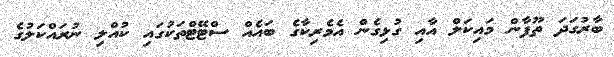
ބާރުގަދަ ތޫފާން މައިކަލް އާއި ގުޅިގެން އެމެރިކާގެ ބައެއް ސްޓޭޓްތަކުގައި ކުއްލި ނުރައްކަލުގެ